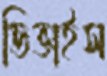
ডিভাইস